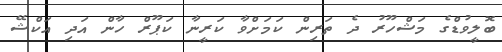
ބޮލީވުޑްގެ މަޝްހޫރު ދެ ތަރިން ކަމަށްވާ ކަރީނާ ކަޕޫރް ހާން އަދި އަކްޝޭ